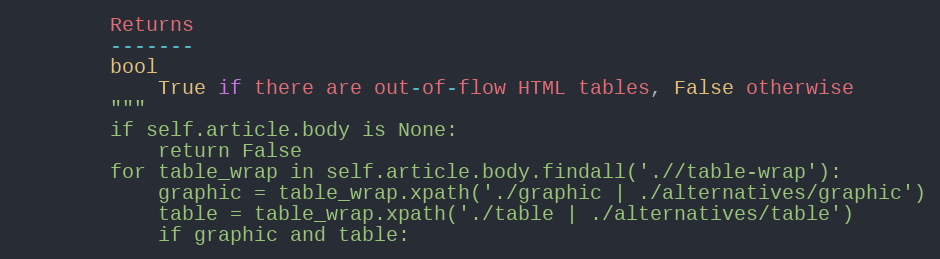
Language: Python
        Returns
        -------
        bool
            True if there are out-of-flow HTML tables, False otherwise
        """
        if self.article.body is None:
            return False
        for table_wrap in self.article.body.findall('.//table-wrap'):
            graphic = table_wrap.xpath('./graphic | ./alternatives/graphic')
            table = table_wrap.xpath('./table | ./alternatives/table')
            if graphic and table: